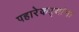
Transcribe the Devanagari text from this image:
पहारेकऱ्यांना